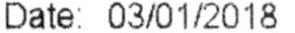
DATE: 03/01/2018